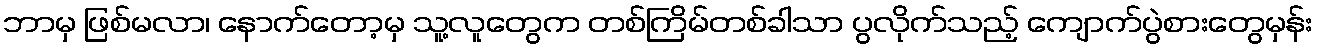
ဘာမှ ဖြစ်မလာ၊ နောက်တော့မှ သူ့လူတွေက တစ်ကြိမ်တစ်ခါသာ ပွလိုက်သည့် ကျောက်ပွဲစားတွေမှန်း